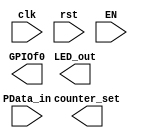
`timescale 1ns / 1ps
//////////////////////////////////////////////////////////////////////////////////
// Company: 
// Engineer: 
// 
// Design Name: 
// Module Name:    Device_led 
// Project Name: 
// Target Devices: 
// Tool versions: 
// Description: 
//
// Dependencies: 
//
// Revision: 
// Revision 0.01 - File Created
// Additional Comments: 
//
//////////////////////////////////////////////////////////////////////////////////
module 		  PIO(input wire clk,
						input wire rst,
						input wire EN,
						input wire[31:0] PData_in,
						output reg[1:0] counter_set,
						output[7:0] LED_out,
						output reg[21:0]GPIOf0						 
						);

endmodule